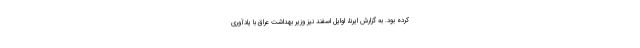
کرده بود. به گزارش ایرنا، اوایل اسفند نیز وزیر بهداشت عراق با یادآوری